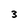
Character: 3